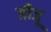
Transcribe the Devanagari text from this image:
जीजू